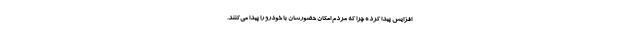
افزایش پیدا کرده چرا که مردم امکان حضورشان با خودرو را پیدا می‌کنند.